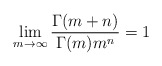
\begin{align*} \lim_{m\to\infty}\frac{\Gamma(m+n)}{\Gamma(m) m^n}=1 \end{align*}